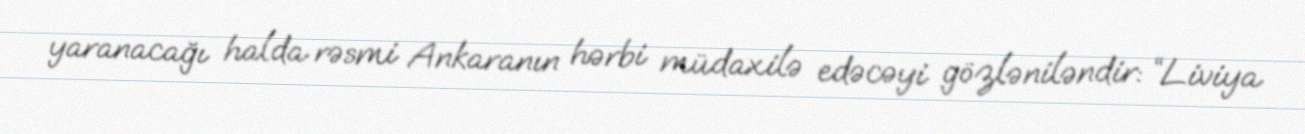
yaranacağı halda rəsmi Ankaranın hərbi müdaxilə edəcəyi gözləniləndir: “Liviya